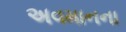
અવમાનના